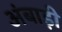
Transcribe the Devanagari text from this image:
अंबाड़ी़